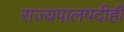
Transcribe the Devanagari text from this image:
राज्यपालपदीही